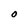
Character: O